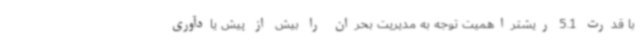
با قدرت 5.1 ریشتراهمیت توجه به مدیریت بحران را بیش از پیش یادآوری